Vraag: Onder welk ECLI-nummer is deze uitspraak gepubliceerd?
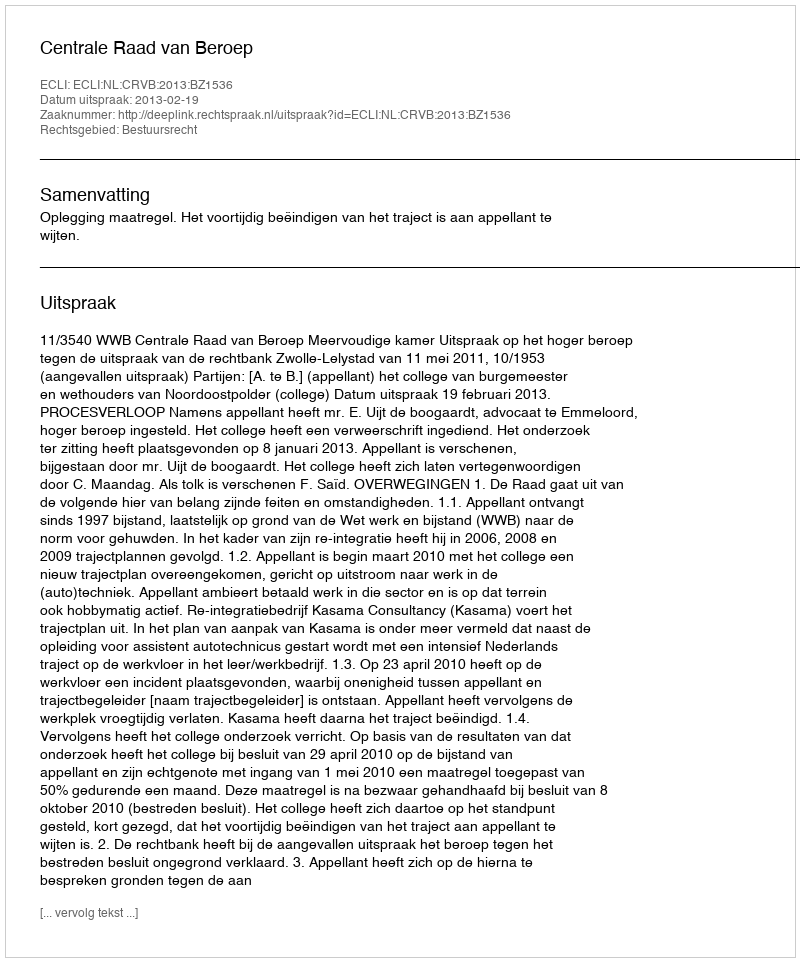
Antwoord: ECLI:NL:CRVB:2013:BZ1536